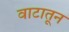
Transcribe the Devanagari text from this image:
वाटातून